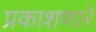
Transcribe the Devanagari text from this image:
प्रकाशणारे